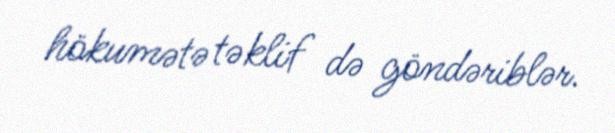
hökumətə təklif də göndəriblər.